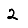
Digit: 2